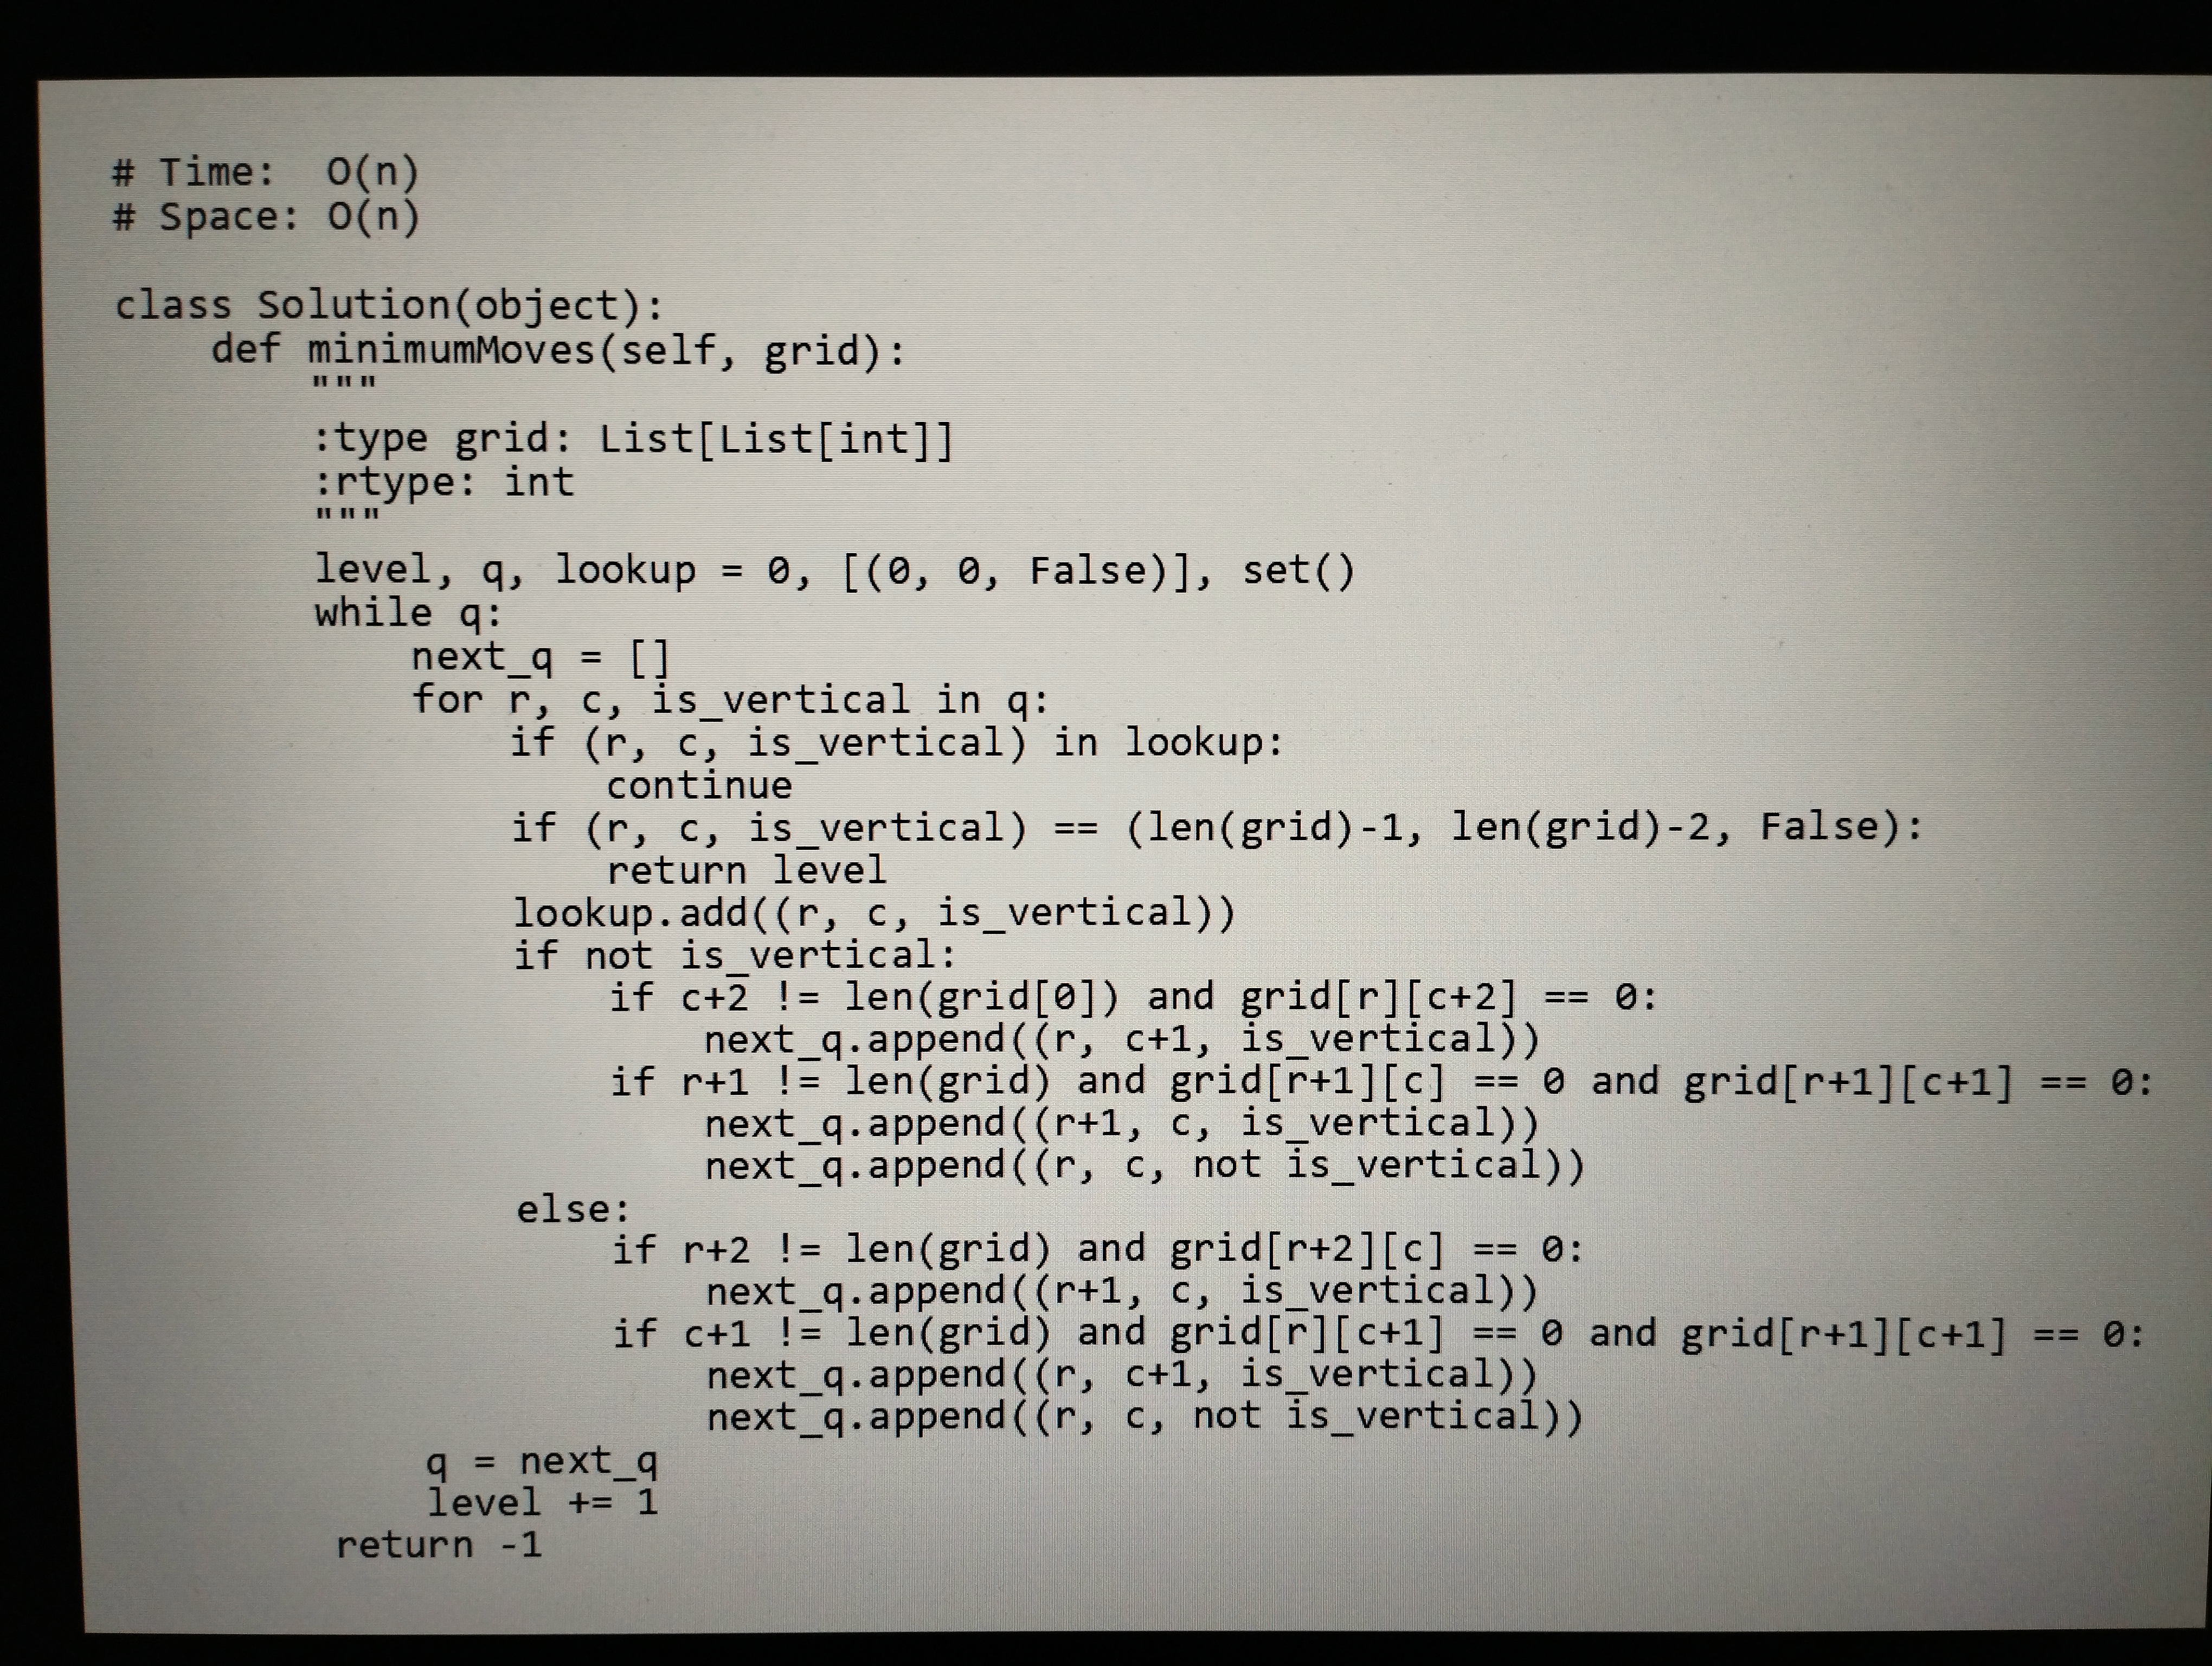
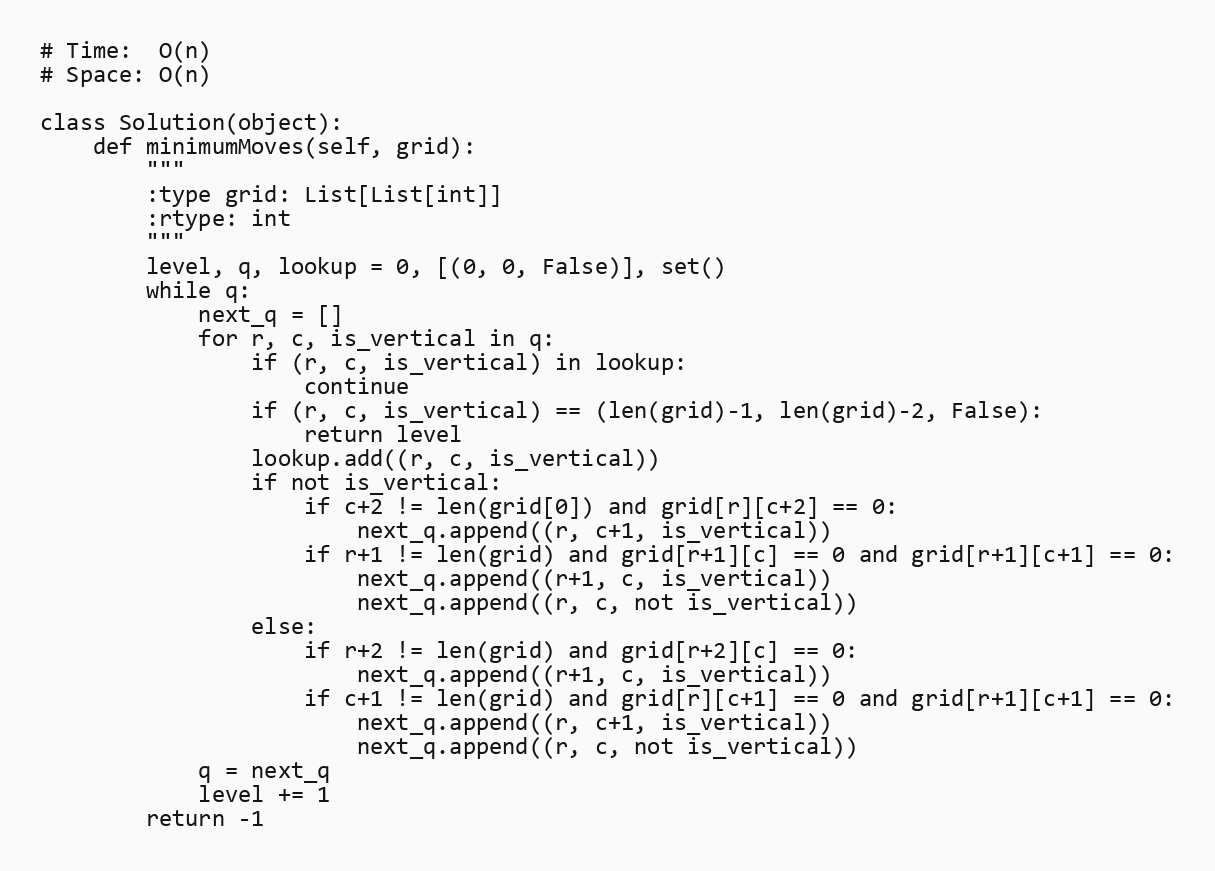
# Time:  O(n)
# Space: O(n)

class Solution(object):
    def minimumMoves(self, grid):
        """
        :type grid: List[List[int]]
        :rtype: int
        """
        level, q, lookup = 0, [(0, 0, False)], set()
        while q:
            next_q = []
            for r, c, is_vertical in q:
                if (r, c, is_vertical) in lookup:
                    continue
                if (r, c, is_vertical) == (len(grid)-1, len(grid)-2, False):
                    return level
                lookup.add((r, c, is_vertical))
                if not is_vertical:
                    if c+2 != len(grid[0]) and grid[r][c+2] == 0:
                        next_q.append((r, c+1, is_vertical))
                    if r+1 != len(grid) and grid[r+1][c] == 0 and grid[r+1][c+1] == 0:
                        next_q.append((r+1, c, is_vertical))
                        next_q.append((r, c, not is_vertical))
                else:
                    if r+2 != len(grid) and grid[r+2][c] == 0:
                        next_q.append((r+1, c, is_vertical))
                    if c+1 != len(grid) and grid[r][c+1] == 0 and grid[r+1][c+1] == 0:
                        next_q.append((r, c+1, is_vertical))
                        next_q.append((r, c, not is_vertical))
            q = next_q
            level += 1
        return -1